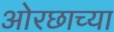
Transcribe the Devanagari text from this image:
ओरछाच्या